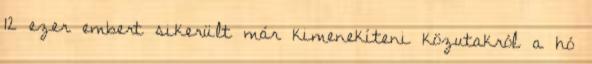
12 ezer embert sikerült már kimenekíteni közutakról a hó